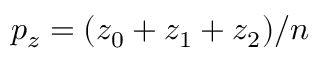
p _ { z } = ( z _ { 0 } + z _ { 1 } + z _ { 2 } ) / n